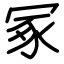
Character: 冢